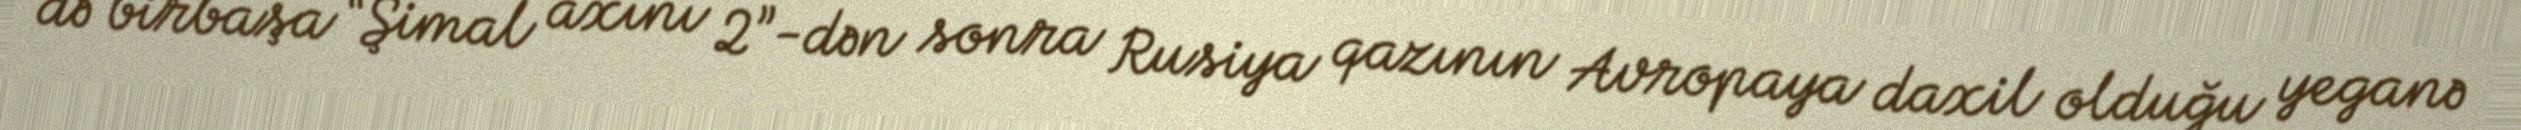
də birbaşa “Şimal axını 2”-dən sonra Rusiya qazının Avropaya daxil olduğu yeganə